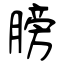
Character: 膀